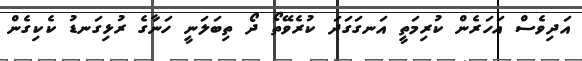
އަދިވެސް އަހަރެން ކުރިމަތީ އަނގަގަދަ ކުރެވޭތޯ ދޯ ތިބަލަނީ ހަނާގެ ރުޅިގަނޑު ކެކިގެން